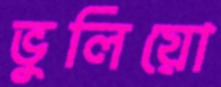
ভুলিয়ো